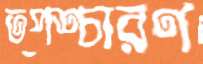
তপশ্চারণ